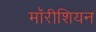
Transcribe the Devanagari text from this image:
मॉरीशियन